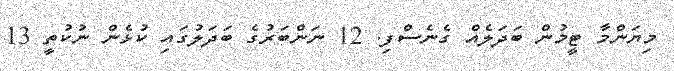
މިޔަންމާ ޓީމުން ބަދަލެއް ގެނެސްފި. 12 ނަންބަރުގެ ބަދަލުގައި ކުޅެން ނުކުތީ 13